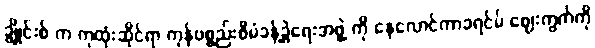
ချွိုင်းစ် က ကုထုံးဆိုင်ရာ ကုန်ပစ္စည်းစီမံခန့်ခွဲရေးအဖွဲ့ ကို နေလောင်ကာခရင်မ် ဈေးကွက်ကို